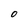
Character: O